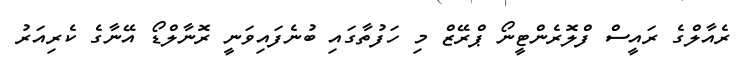
ރެއާލްގެ ރައީސް ފްލޮރެންޓީނޯ ޕްރޭޒް މި ހަފުތާގައި ބުނެފައިވަނީ ރޮނާލްޑޯ އޭނާގެ ކެރިއަރު